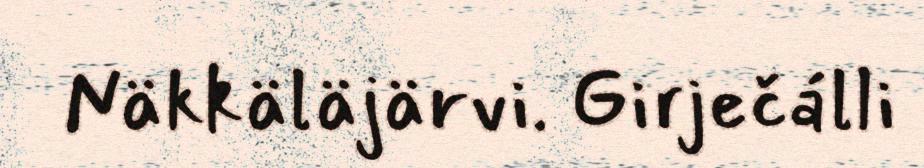
Näkkäläjärvi. Girječálli